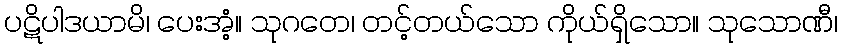
ပဋိပါဒယာမိ၊ ပေးအံ့။ သုဂတေ၊ တင့်တယ်သော ကိုယ်ရှိသော။ သုသောဏီ၊